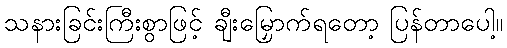
သနားခြင်းကြီးစွာဖြင့် ချီးမြှောက်ရတော့ ပြန်တာပေါ့။